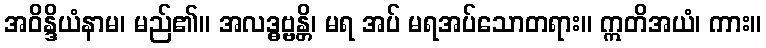
အဝိန္ဒိယံနာမ၊ မည်၏။ အလဒ္ဓဗ္ဗန္တိ၊ မရ အပ် မရအပ်သောတရား။ ဣတိအယံ၊ ကား။